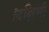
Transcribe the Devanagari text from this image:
।दक्षिणी